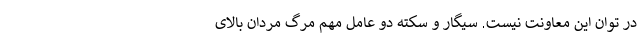
در توان این معاونت نیست. سیگار و سکته دو عامل مهم مرگ مردان بالای